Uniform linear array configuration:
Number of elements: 24
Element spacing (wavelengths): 0.75
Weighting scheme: cosine
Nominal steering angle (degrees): -60
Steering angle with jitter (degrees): -58.889
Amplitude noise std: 0.05
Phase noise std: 0.05

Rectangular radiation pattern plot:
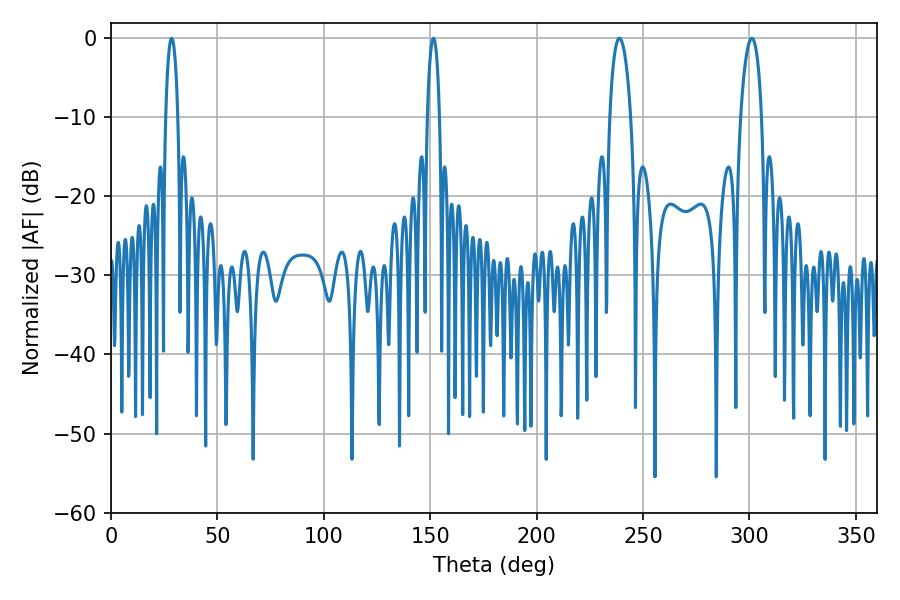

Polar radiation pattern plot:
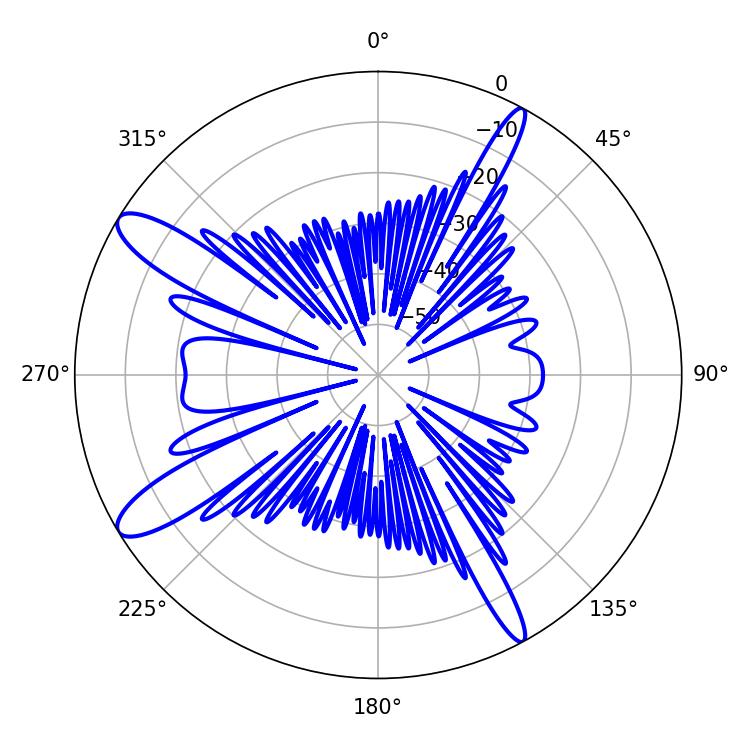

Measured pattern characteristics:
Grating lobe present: TRUE
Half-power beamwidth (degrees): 5.58
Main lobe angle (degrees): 238.86